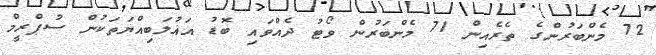
72 މެންބަރުންގެ ތެރެއިން 71 މެންބަރުން ވޯޓު ދެއްވައި ބޮޑު އަޣުލަބިއްޔަތަކުން ސުޕްރީމް